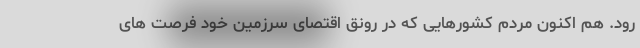
رود. هم اکنون مردم کشورهایی که در رونق اقتصای سرزمین خود فرصت های